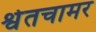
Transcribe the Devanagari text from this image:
श्वेतचामर